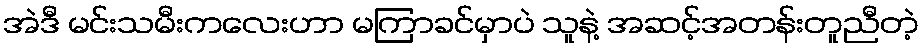
အဲဒီ မင်းသမီးကလေးဟာ မကြာခင်မှာပဲ သူနဲ့ အဆင့်အတန်းတူညီတဲ့